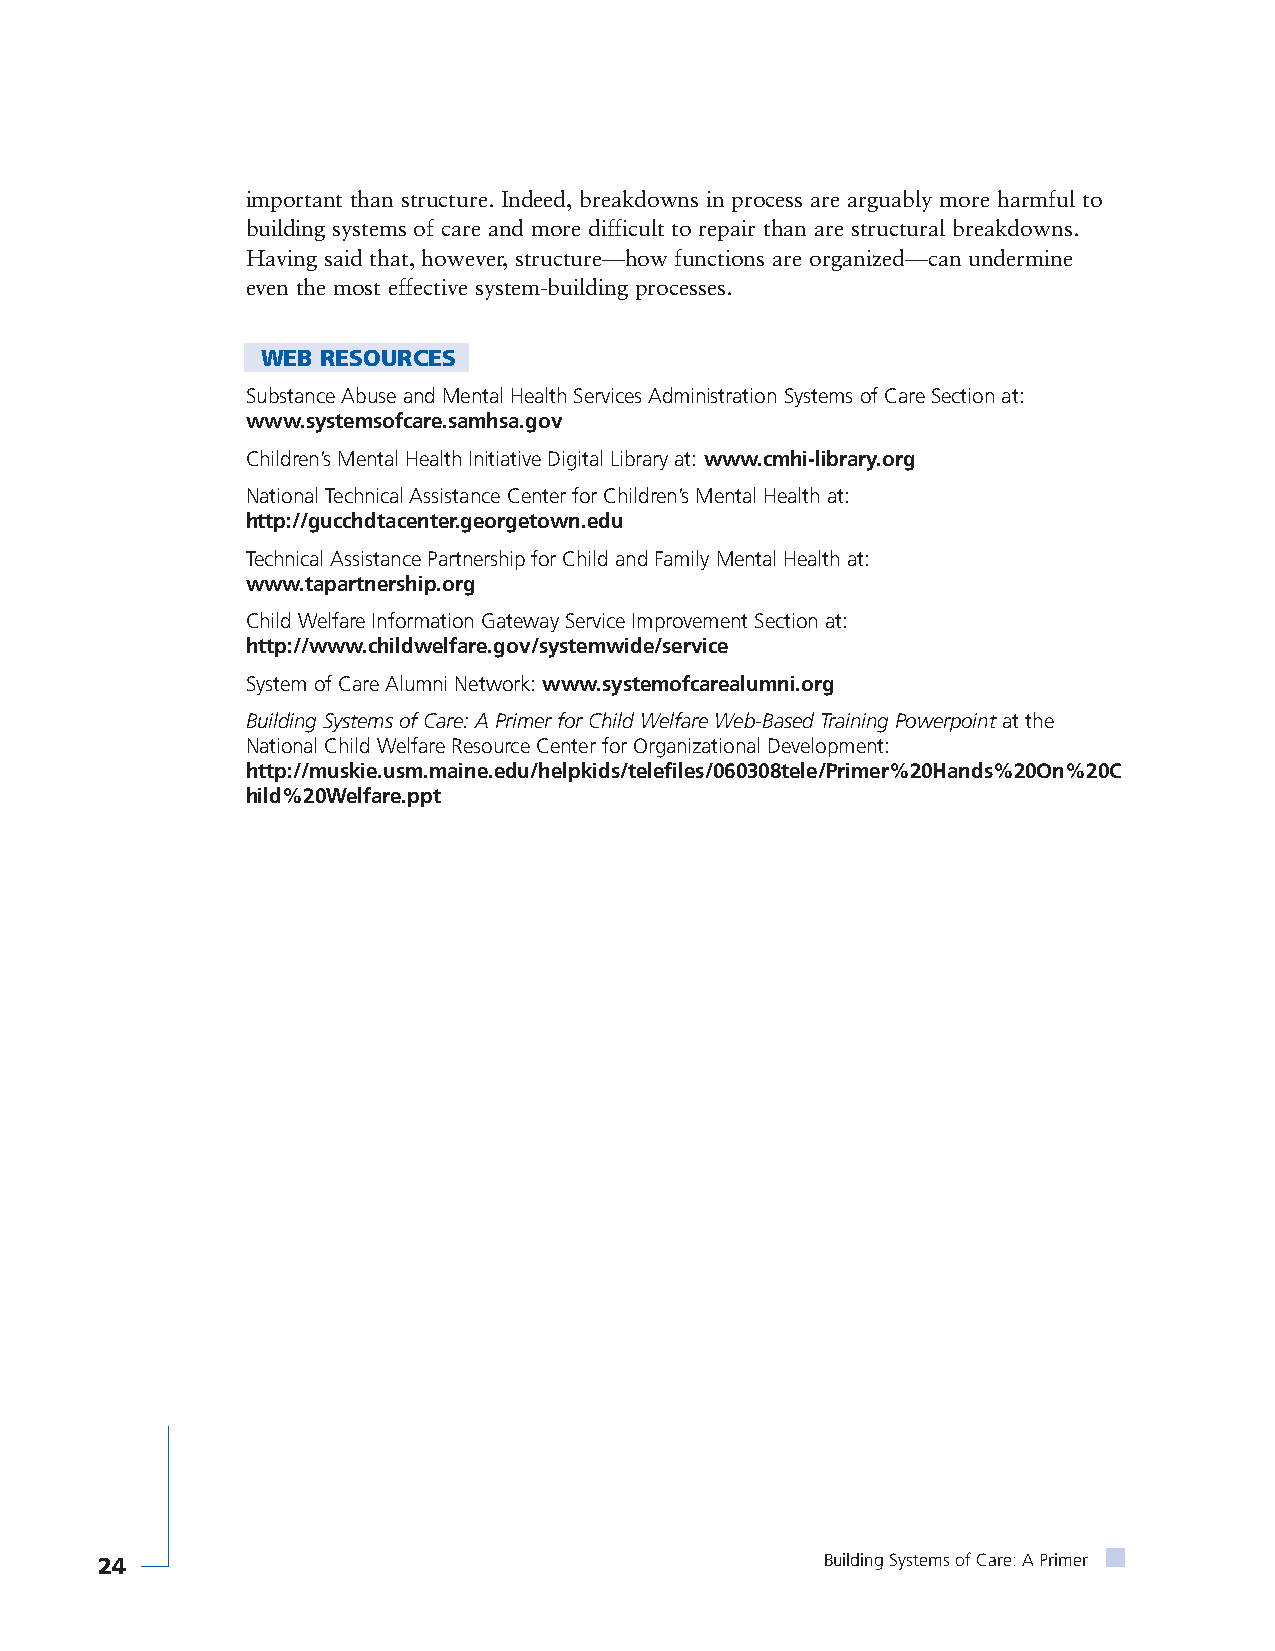
important than structure. Indeed, breakdowns in process are arguably more harmful to
 building systems of care and more difficult to repair than are structural breakdowns.
 Having said that, however, structure—how functions are organized—can undermine
 even the most effective system-building processes.
 WEB RESOURCES
 Substance Abuse and Mental Health Services Administration Systems of Care Section at:
 www.systemsofcare.samhsa.gov
 Children’s Mental Health Initiative Digital Library at: www.cmhi-library.org
 National Technical Assistance Center for Children’s Mental Health at:
 http://gucchdtacenter.georgetown.edu
 Technical Assistance Partnership for Child and Family Mental Health at:
 www.tapartnership.org
 Child Welfare Information Gateway Service Improvement Section at:
 http://www.childwelfare.gov/systemwide/service
 System of Care Alumni Network: www.systemofcarealumni.org
 Building Systems of Care: A Primer for Child Welfare Web-Based Training Powerpointat the
 National Child Welfare Resource Center for Organizational Development:
 http://muskie.usm.maine.edu/helpkids/telefiles/060308tele/Primer%20Hands%20On%20C
 hild%20Welfare.ppt
 24                                               Building Systems of Care: A Primer